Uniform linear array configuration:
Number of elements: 4
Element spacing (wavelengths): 0.25
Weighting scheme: cosine
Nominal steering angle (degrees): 15
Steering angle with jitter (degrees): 14.04
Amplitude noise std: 0.05
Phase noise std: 0.05

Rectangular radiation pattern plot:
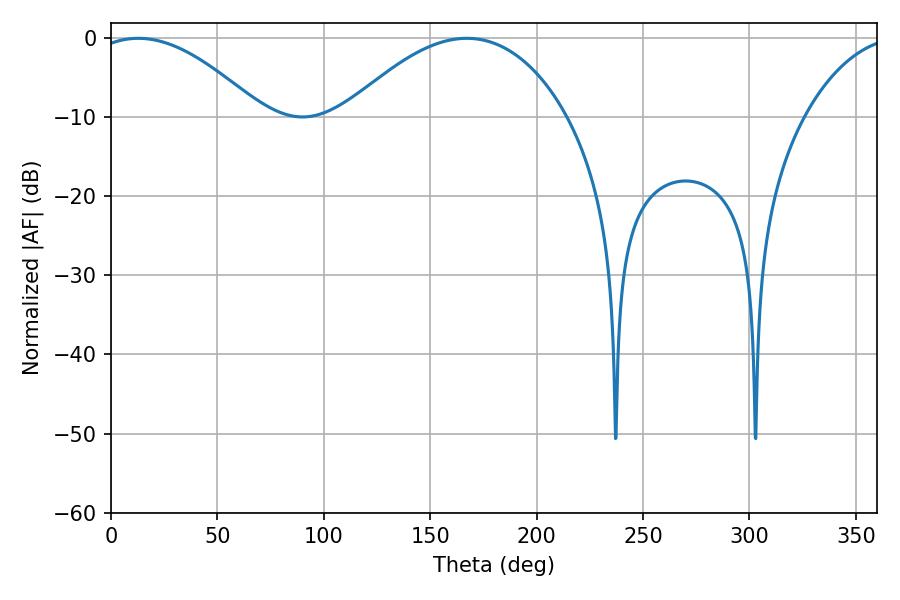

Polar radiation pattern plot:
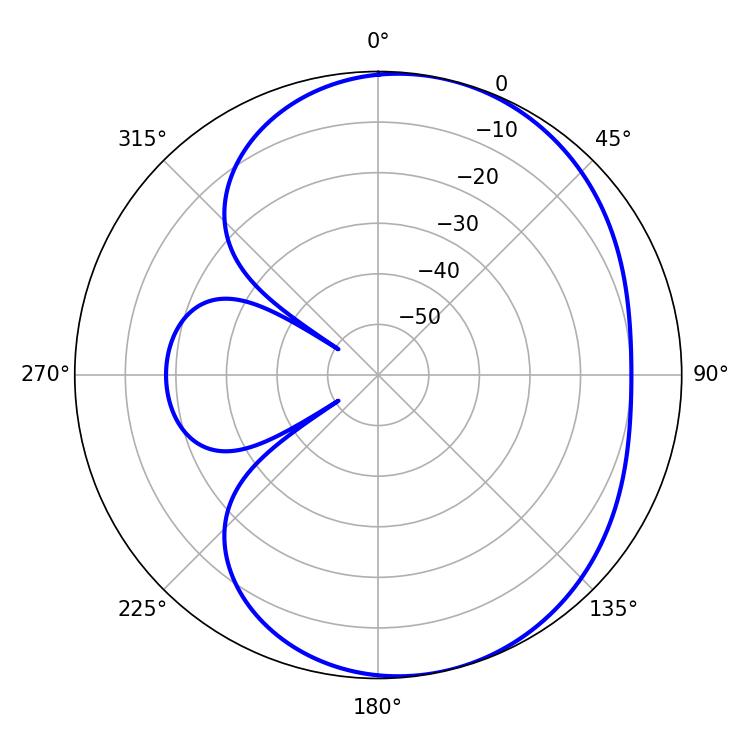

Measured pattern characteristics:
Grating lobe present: FALSE
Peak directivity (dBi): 5.244
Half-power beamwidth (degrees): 43.74
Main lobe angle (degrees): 12.78